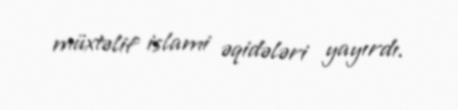
müxtəlif islami əqidələri yayırdı.